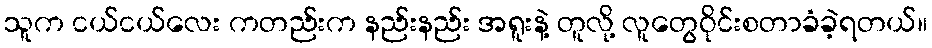
သူက ငယ်ငယ်လေး ကတည်းက နည်းနည်း အရူးနဲ့ တူလို့ လူတွေဝိုင်းစတာခံခဲ့ရတယ်။